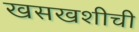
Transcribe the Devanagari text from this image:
खसखशीची